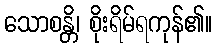
သောစန္တိ၊ စိုးရိမ်ရကုန်၏။